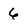
Character: 6